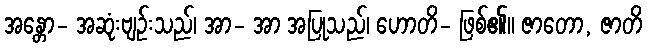
အန္တော- အဆုံးဗျဉ်းသည်၊ အာ- အာ အပြုသည်၊ ဟောတိ- ဖြစ်၏။ ဇာတော, ဇာတိ